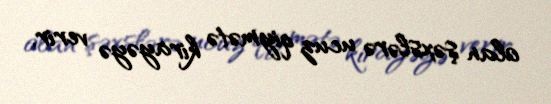
olan şəxslərə ucuz qiymətə kirayəyə verir.